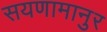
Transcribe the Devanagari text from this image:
सयणामानुर